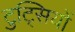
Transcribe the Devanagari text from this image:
टुट्सियों